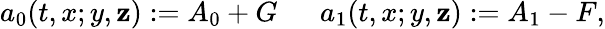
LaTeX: a_{0}(t,x;y,\mathbf{z}):=A_{0}+G\ \ \ \ \ \ a_{1}(t,x;y,\mathbf{z}):=A_{1}-F,